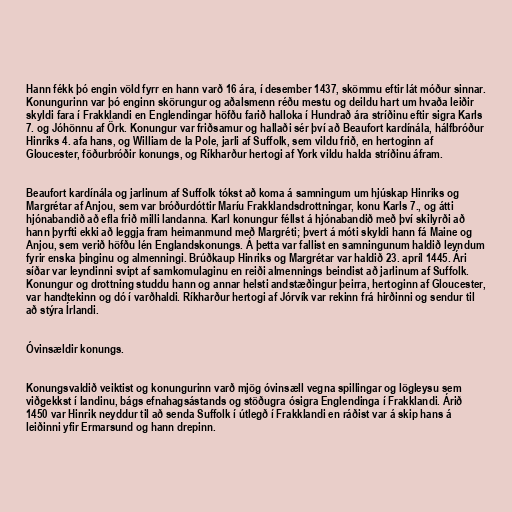
Hann fékk þó engin völd fyrr en hann varð 16 ára, í desember 1437, skömmu eftir lát móður sinnar.
Konungurinn var þó enginn skörungur og aðalsmenn réðu mestu og deildu hart um hvaða leiðir
skyldi fara í Frakklandi en Englendingar höfðu farið halloka í Hundrað ára stríðinu eftir sigra Karls
7. og Jóhönnu af Örk. Konungur var friðsamur og hallaði sér því að Beaufort kardínála, hálfbróður
Hinriks 4. afa hans, og William de la Pole, jarli af Suffolk, sem vildu frið, en hertoginn af
Gloucester, föðurbróðir konungs, og Ríkharður hertogi af York vildu halda stríðinu áfram.

Beaufort kardínála og jarlinum af Suffolk tókst að koma á samningum um hjúskap Hinriks og
Margrétar af Anjou, sem var bróðurdóttir Maríu Frakklandsdrottningar, konu Karls 7., og átti
hjónabandið að efla frið milli landanna. Karl konungur féllst á hjónabandið með því skilyrði að
hann þyrfti ekki að leggja fram heimanmund með Margréti; þvert á móti skyldi hann fá Maine og
Anjou, sem verið höfðu lén Englandskonungs. Á þetta var fallist en samningunum haldið leyndum
fyrir enska þinginu og almenningi. Brúðkaup Hinriks og Margrétar var haldið 23. apríl 1445. Ári
síðar var leyndinni svipt af samkomulaginu en reiði almennings beindist að jarlinum af Suffolk.
Konungur og drottning studdu hann og annar helsti andstæðingur þeirra, hertoginn af Gloucester,
var handtekinn og dó í varðhaldi. Ríkharður hertogi af Jórvík var rekinn frá hirðinni og sendur til
að stýra Írlandi.

Óvinsældir konungs.

Konungsvaldið veiktist og konungurinn varð mjög óvinsæll vegna spillingar og lögleysu sem
viðgekkst í landinu, bágs efnahagsástands og stöðugra ósigra Englendinga í Frakklandi. Árið
1450 var Hinrik neyddur til að senda Suffolk í útlegð í Frakklandi en ráðist var á skip hans á
leiðinni yfir Ermarsund og hann drepinn.